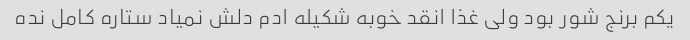
یکم برنج شور بود ولی غذا انقد خوبه شکیله ادم دلش نمیاد ستاره کامل نده